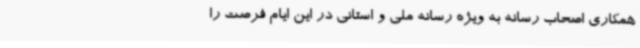
همکاری اصحاب رسانه به ویژه رسانه ملی و استانی در این ایام فرصت را